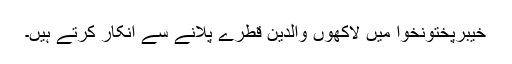
خیبرپختونخوا میں لاکھوں والدین قطرے پلانے سے انکار کرتے ہیں۔